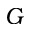
G